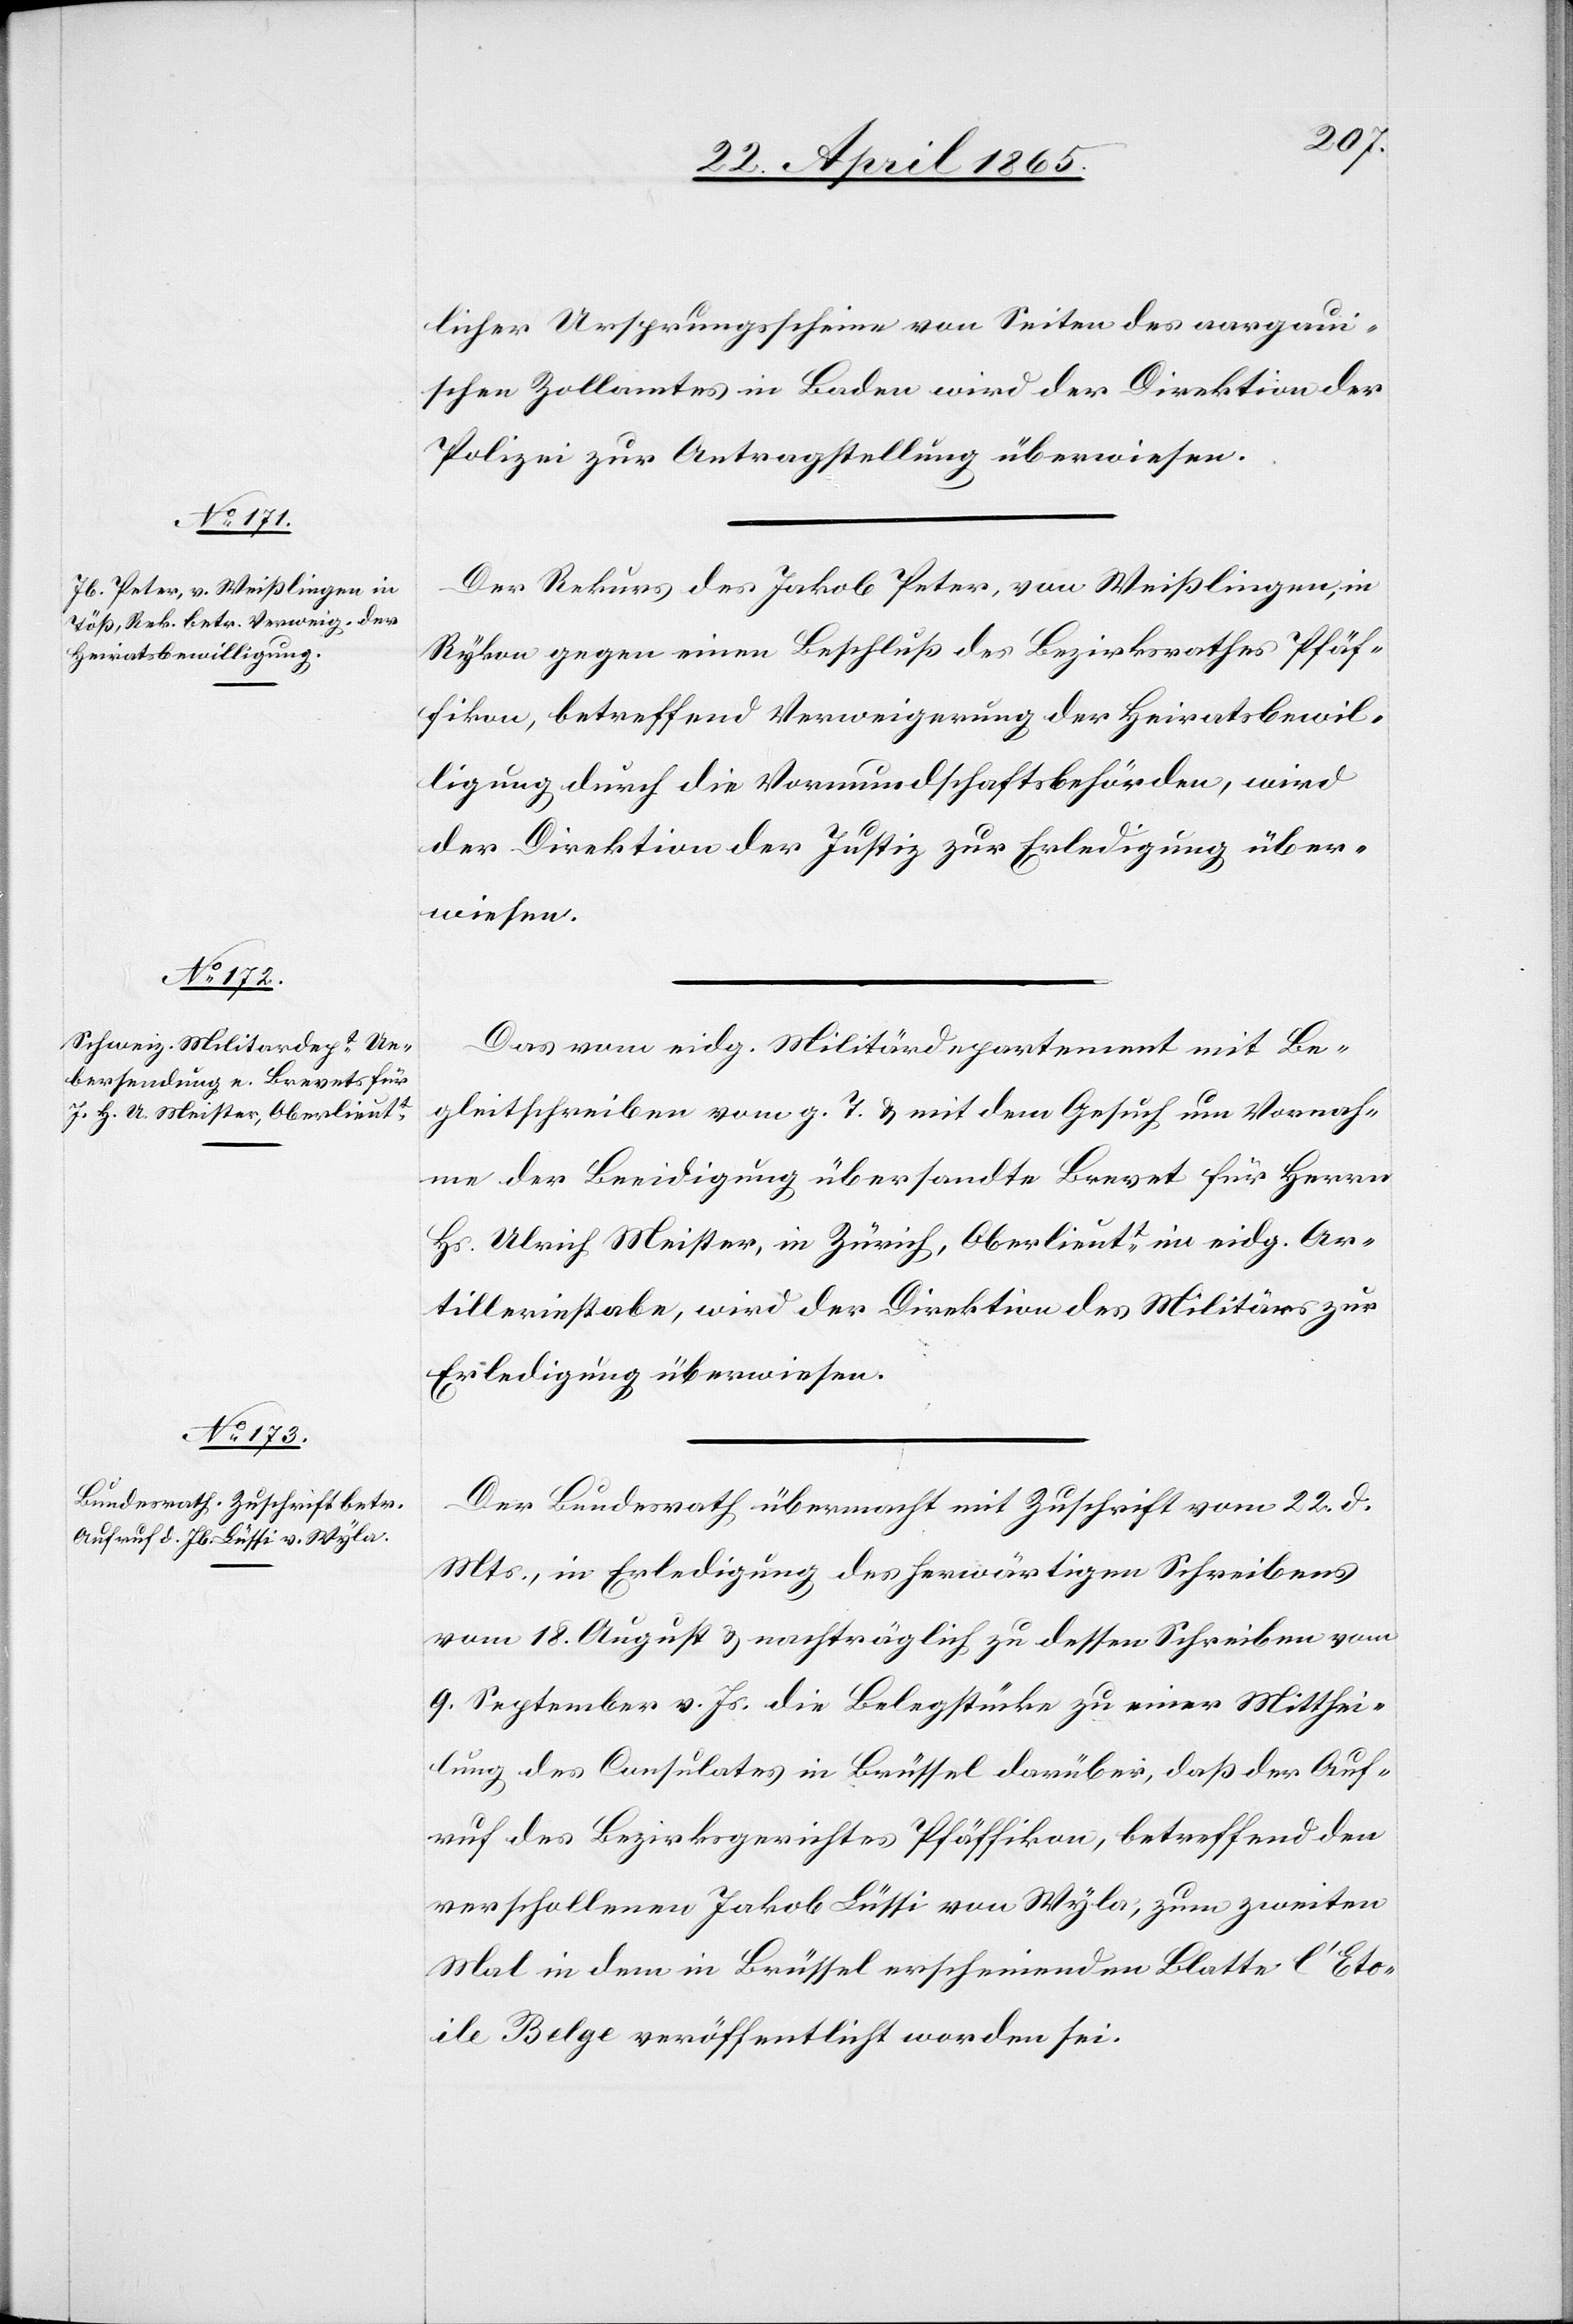
26. April 1865.]
licher Ursprungsscheine von Seiten des aargau¬
ischen Zollamtes in Baden wird der Direktion der
Polizei zur Antragstellung überwiesen.
Der Rekurs des Jakob Peter, von Weißlingen, in
Rykon gegen einen Beschluß des Bezirksrathes Pfäf¬
fikon, betreffend Verweigerung der Heiratsbewil¬
ligung, durch die Vormundschaftsbehörden, wird
der Direktion der Justiz zur Erledigung über¬
wiesen.
Das vom eidg. Militärdepartement mit Be¬
gleitschreiben vom g. T. & mit dem Gesuch um Vornah¬
me der Beeidigung übersandte Brevet für Herrn
Hs. Ulrich Meister, in Zürich, Oberlieutt im eidg. Ar¬
tilleriestabe, wird der Direktion des Militärs zur
Erledigung überwiesen.
Der Bundesrath übermacht mit Zuschrift vom 22. d.
Mts., in Erledigung des herwärtigen Schreibens
vom 18. August & nachträglich zu dessen Schreiben vom
9. September v. Js. die Belegstücke zu einer Mitthei¬
lung des Consulates in Brüssel darüber, daß der Auf¬
ruf des Bezirksgerichtes Pfäffikon, betreffend den
verschollenen Jakob Lüssi von Wyla, zum zweiten
Mal in dem in Brüssel erscheinenden Blatte l’Eto¬
ile Belge veröffentlicht worden sei.